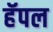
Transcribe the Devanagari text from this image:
हॅपल